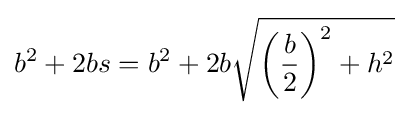
b^{2}+2bs=b^{2}+2b{\sqrt {\left({\frac {b}{2}}\right)^{2}+h^{2}}}